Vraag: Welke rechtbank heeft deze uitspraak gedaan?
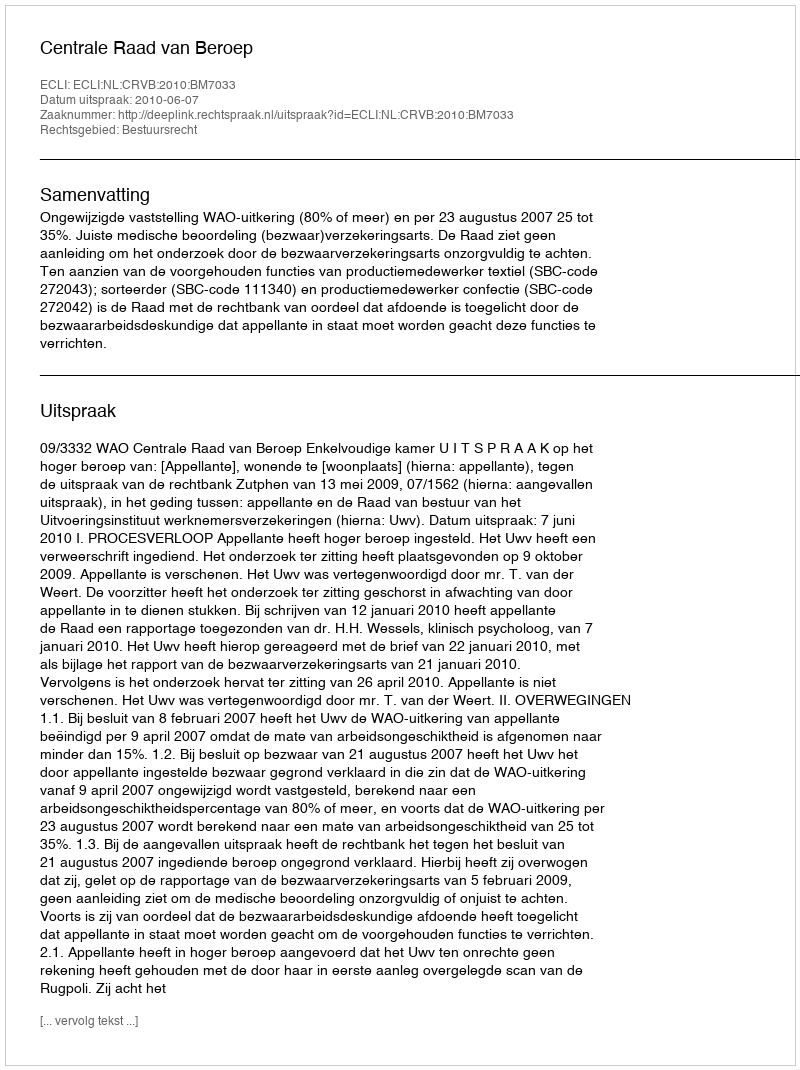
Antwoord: Centrale Raad van Beroep